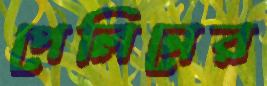
পেলিনের